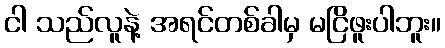
ငါ သည်လူနဲ့ အရင်တစ်ခါမှ မငြိဖူးပါဘူး။